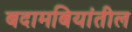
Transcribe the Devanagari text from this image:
बदामबियांतील